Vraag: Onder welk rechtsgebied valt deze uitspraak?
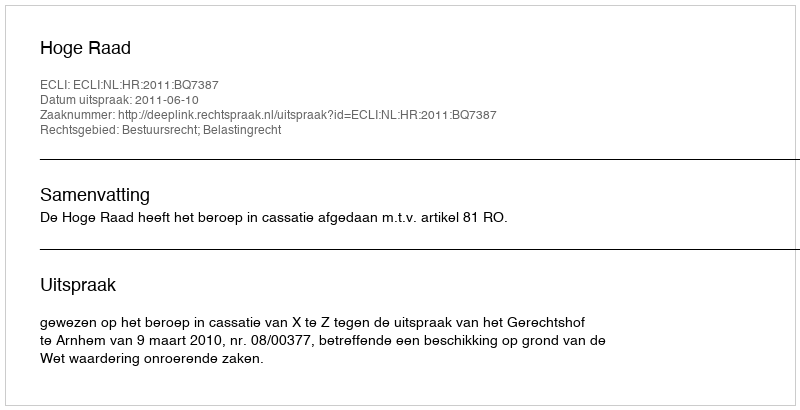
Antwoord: Bestuursrecht; Belastingrecht